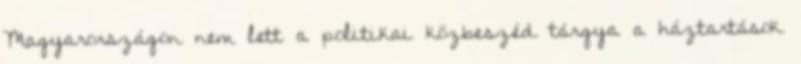
Magyarországon nem lett a politikai közbeszéd tárgya a háztartások